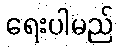
ရေးပါမည်